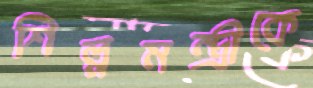
শিল্পমন্ত্রীকে